65_HS1-834228961_62-HQ-83894_Section_7
Agency: FBI
Page 58
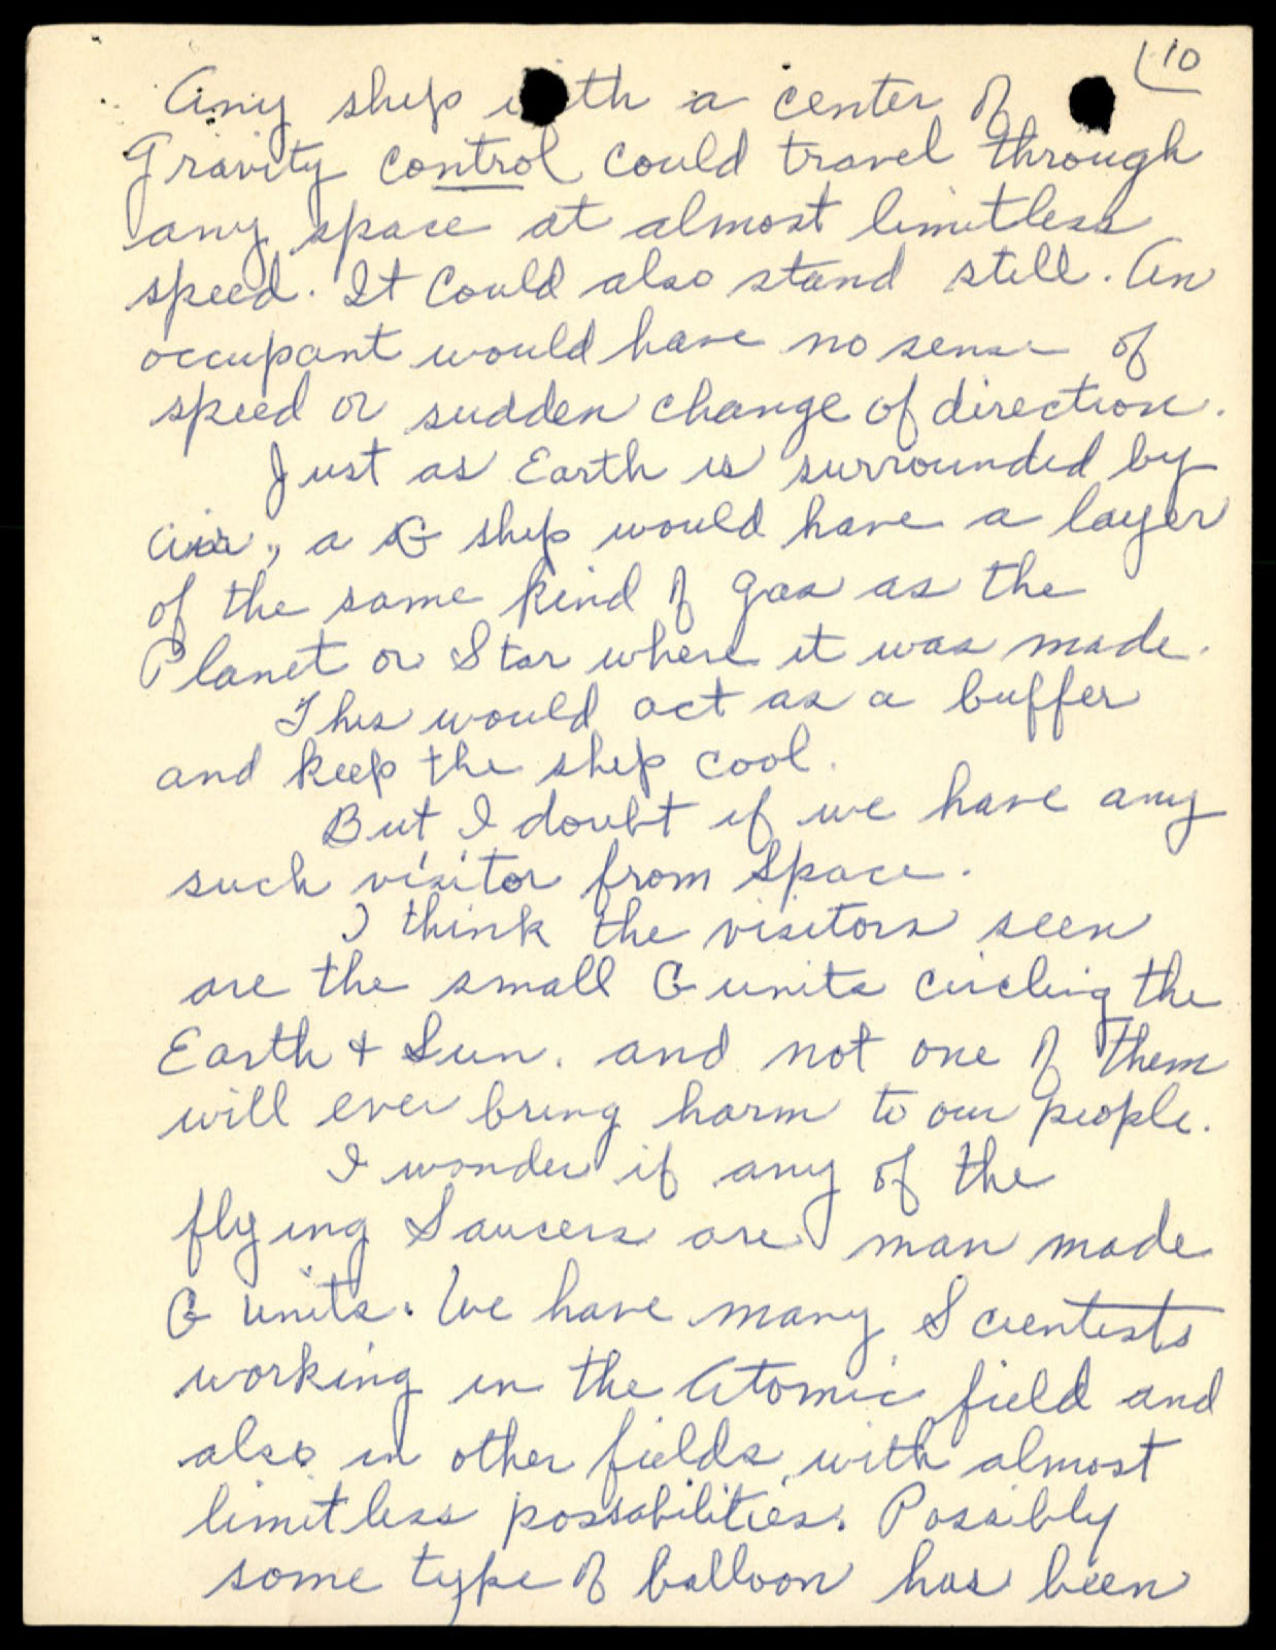